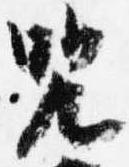
呪